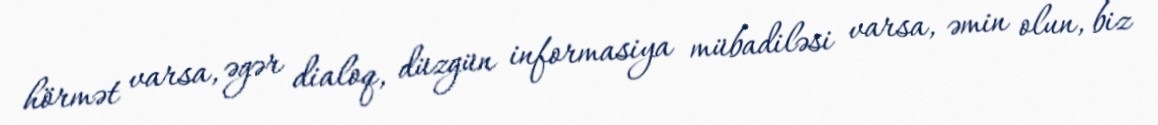
hörmət varsa, əgər dialoq, düzgün informasiya mübadiləsi varsa, əmin olun, biz